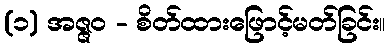
(၁) အဇ္ဇဝ - စိတ်ထားဖြောင့်မတ်ခြင်း။